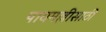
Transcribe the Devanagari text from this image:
पायमल्लीसाठी